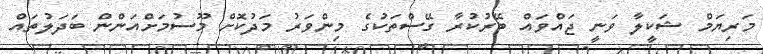
މަރިޔަމް ޝަކީލާ ވަނީ ޖައްވައް ބޭރުކުރާ ގޭސްތަކުގެ މިންވަރު މަދުކޮށް މޫސުމަށްއަންން ބަދަލުތައް